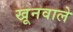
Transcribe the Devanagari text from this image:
खूनवाले